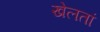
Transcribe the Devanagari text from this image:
खेलतां